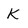
Character: K